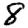
Digit: 8